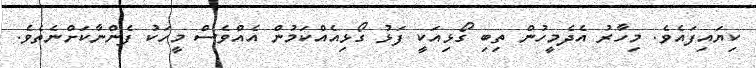
ކިޔައިފައެވެ. މިހާރު އެދެމީހުން ތިބި ގޯޅިއަކީ ފަޅު ގޯޅިއެއްކަމުން އެއްވެސް މީހަކު ފެންނާކަށްނެތެވެ.